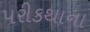
પરીકથાના